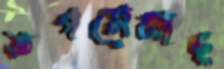
তপসেমাছ